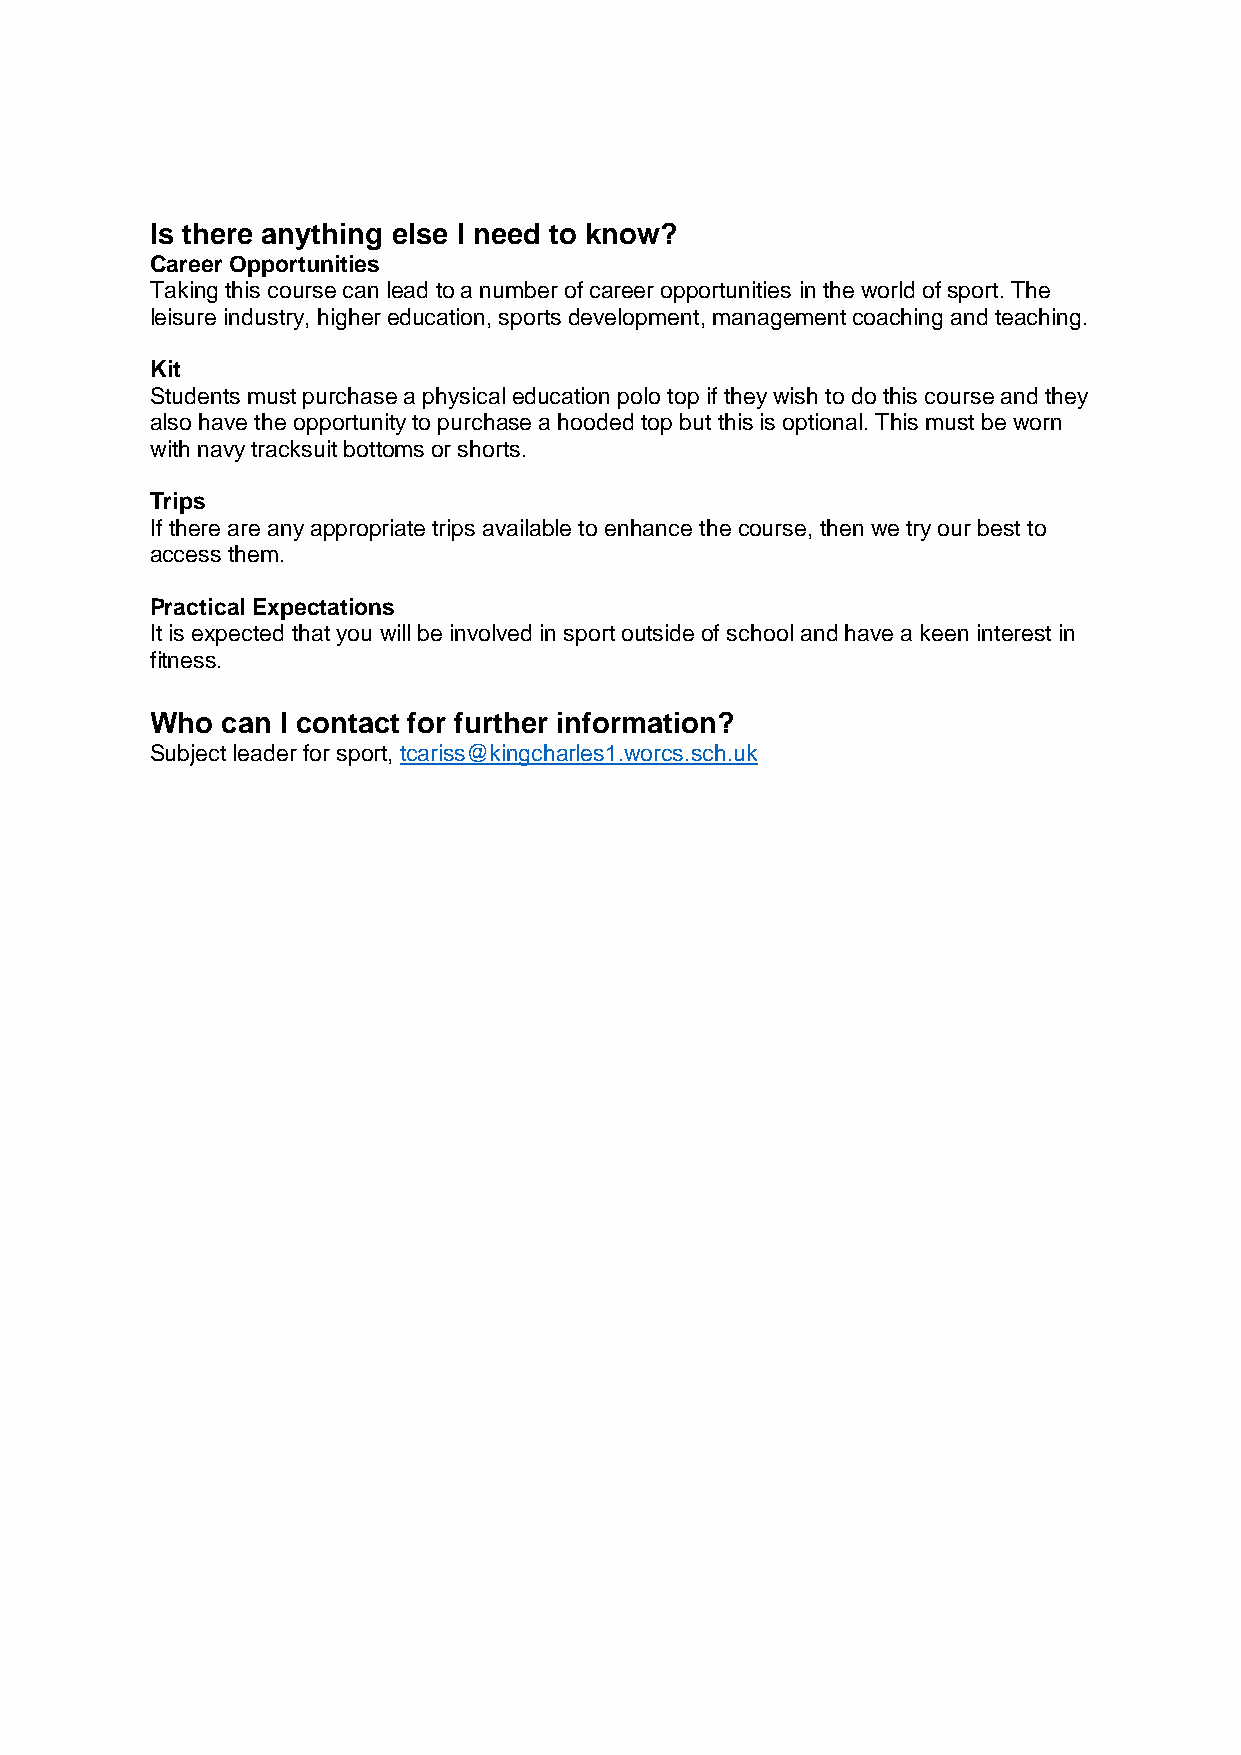
Is there anything else I need to know?
 Career Opportunities
 Taking this course can lead to a number of career opportunities in the world of sport. The
 leisure industry, higher education, sports development, management coaching and teaching.
 Kit
 Students must purchase a physical education polo top if they wish to do this course and they
 also have the opportunity to purchase a hooded top but this is optional. This must be worn
 with navy tracksuit bottoms or shorts.
 Trips
 If there are any appropriate trips available to enhance the course, then we try our best to
 access them.
 Practical Expectations
 It is expected that you will be involved in sport outside of school and have a keen interest in
 fitness.
 Who  can I contact for further information?
 Subject leader for sport, tcariss@kingcharles1.worcs.sch.uk